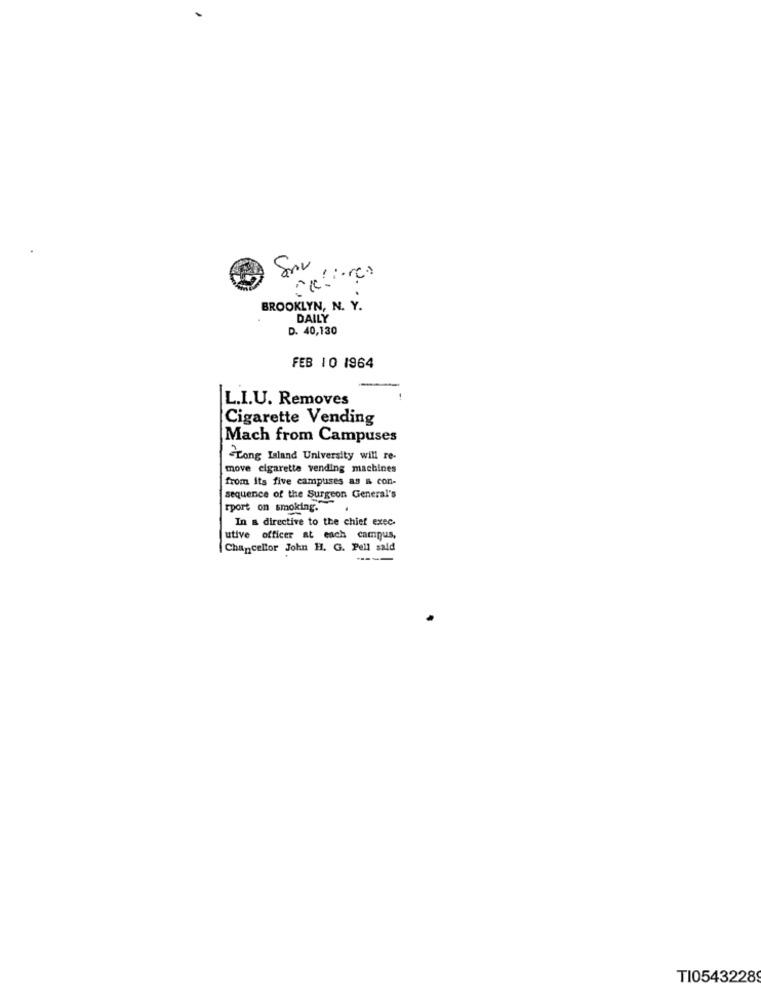
BROOKLYN, N. Y.
DAILY
D. 40,130
FEB 10 1964
L.I.U. Removes
Cigarette Vending
Mach from Campuses
-Long Island University will re-
move cigarette vending machines
from its five campuses as & con-
sequence of the Surgeon General's
rport on smoking.
In a directive to the chief exec.
utive officer at each campus,
Chancellor John H. G. Pell sald
TI05432289